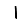
Digit: 1